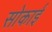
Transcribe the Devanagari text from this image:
सोकाई